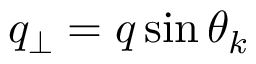
q _ { \perp } = q \sin \theta _ { k }